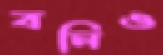
বনিও